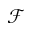
\mathcal { F }